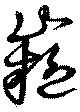
嶷